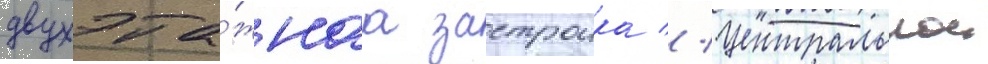
двухэта́жнаа застроика // Центральнои